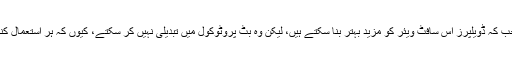
بِٹ کوائن کو دنیا بھر میں موجود اس کے استعمال کنندہ ہی کنٹرول کرتے ہیں، جب کہ ڈویلپرز اس سافٹ ویئر کو مزید بہتر بنا سکتے ہیں، لیکن وہ بِٹ پروٹوکول میں تبدیلی نہیں کر سکتے، کیوں کہ ہر استعمال کنندہ کو اپنی مرضی کا سافٹ ویئر اور ورژن استعمال کرنے کی مکمل آزادی ہے۔